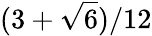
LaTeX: (3+\sqrt{6})/12